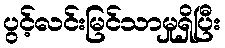
ပွင့်လင်းမြင်သာမှုရှိပြီး